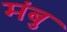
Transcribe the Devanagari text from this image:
मंबु